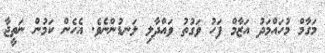
މަގާމް މުހައްމަދު އަޒާމް ފަހު ވަގުތު ވައްދާލި ލަނޑުންނެވެ. އެހެން ކަމުން ނަތީޖާ